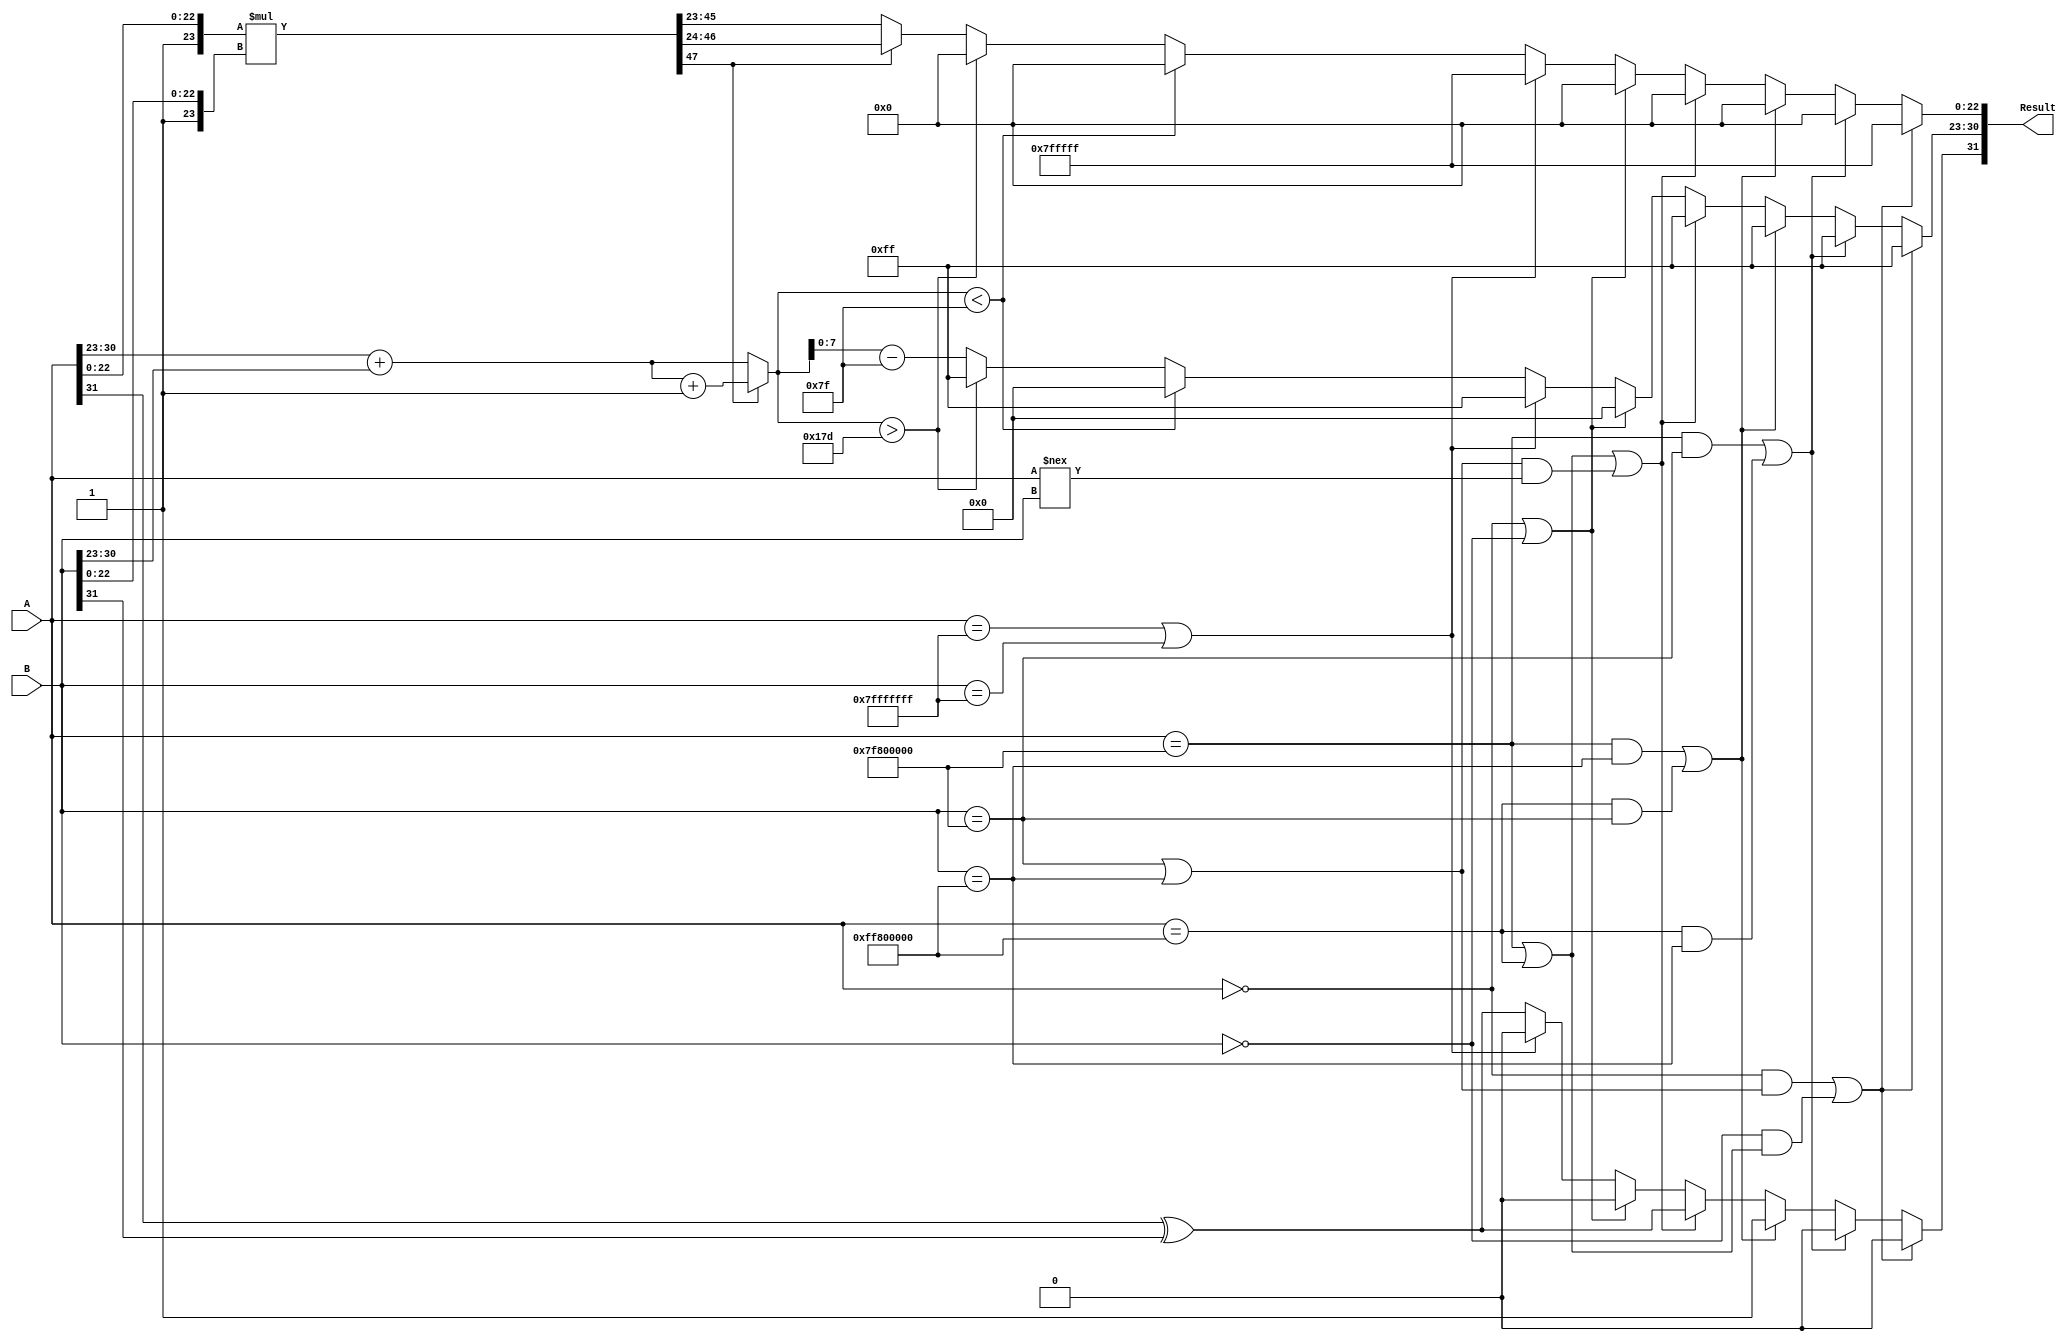
//shewyet notes mn el slides 
// fl 32 bit , 1 sign , 8 exp (30:23) , 23 mantissa (22:0)
// fl 64 bit , 1 sign , 11 exp ( 62:52) , 52 mantissa (51:0)
// expected size of non_normalized mantissa is 53*2 = 106 
// how to normalize the double precision !! 

module FP_Multiplier( 
Result, A, B); 
parameter N = 32; 
 input [N-1:0] A, B ; //the two floating inputs 
 output [N-1:0] Result ; // the floating product 
 
 wire [N-1:0] Result ;
 ////////////////////////////////////////////////////////////////////////////
 ////////////////////////////Parameters settings ////////////////////////////
localparam M = (N==32)?23:52;
localparam E = (N==32)?8:11;
localparam Bias = (N==32)?9'd127 : 12'd1023;
 
 ////////////////////////////////////////////////////////////////////////////
 //					assembly values for output Result                        //
 
 reg sign ; // the output sign 
 
 reg [M-1:0] norm_mul ; // the output mantissa 
 
 reg [E:0] exp_out ; // the output exponent extended to (e+1)-bits for overflow 
 
 /////////////////////////////////////////////////////////////////////////////
 //      					        Special Numbers                             //
 
 
 localparam zero ={1'b0,{E{1'b0}},{M{1'b0}}};

 localparam NaN = {1'b0,{E{1'b1}},{M{1'b1}}};

 localparam p_inf = {1'b0,{E{1'b1}},{M{1'b0}}};

 localparam n_inf = {1'b1,{E{1'b1}},{M{1'b0}}};
 
 /////////////////////////////////////////////////////////////////////////////
 //										Divding Operands									//
 
 wire s1, s2; // the two input signs 
 
 wire [(M-1):0] m1, m2 ; // the two input mantissas 
 
 wire [E:0] e1, e2, sum_e1_e2 ; // extend exp to track overflow 
 
 wire [(2*M+1):0] non_norm_mul ; // raw multiplier output 47 = 2(M+1)-1 , 105 = 2(M+1)-1 , 2M+1
 ////////////////////////////////////////////////////////////////////////////////
 //										Assignmenet Stage										//
 
 assign s1 = A[N-1]; // sign 
 assign e1 = {1'b0, A[N-2:M]}; // exponent extended one bit 30:23 N-E-1 = M
 assign m1 = A[M-1:0] ; // mantissa // parse A N-E-2 = M-1
 
 assign s2 = B[N-1]; 
 assign e2 = {1'b0, B[N-2:M]}; //extended exponent to track overflow
 assign m2 = B[M-1:0] ; 
 
 

// extend mantissa by 1 for each and multiply

assign non_norm_mul={1'b1,m1}*{1'b1,m2}; 

assign sum_e1_e2 = (non_norm_mul[(2*M)+1] == 1'b1)? e1 + e2 + 1: e1 + e2; // first step in mult is to add extended exponents 
 // assemble output bits 
 
assign Result = {sign, exp_out[E-1:0], norm_mul} ; 
 
 always @(*)
 begin
 if (((A==zero)&&((B==p_inf)||(B==n_inf)))||((B==zero)&&((A==p_inf)||(A==n_inf))))
 begin
  sign = NaN[N-1];
 exp_out[E-1:0] = NaN[N-2:M];
 norm_mul[M-1:0] = NaN[M-1:0];
 end
 else if ((A==p_inf && B==p_inf) || (A==n_inf && B==n_inf))
 begin
 sign = 1'b0;
 exp_out[E-1:0] = {E{1'b1}};
 norm_mul[M-1:0] = {M{1'b0}};
 end
 else if (((A==p_inf) && (B==n_inf)) || ((A==n_inf) && (B==p_inf)))
 begin
 sign = 1'b1;
 exp_out[E-1:0] = {E{1'b1}};
 norm_mul[M-1:0] = {M{1'b0}};
 end
 else if (((A==p_inf) || (A==n_inf)) || ((B == p_inf) || (B==n_inf)) && (A!==B))
 begin
 sign = s1 ^ s2;
 exp_out[E-1:0] = {E{1'b1}};
 norm_mul[M-1:0] = {M{1'b0}};
 end
 else if((A==zero) || (B==zero))
 begin
 sign = 1'b0;
 exp_out[E-1:0] = {E{1'b0}};
 norm_mul[M-1:0] = {M{1'b0}};
 end
 else if((A==NaN) || (B==NaN))
 begin 
 sign = NaN[N-1];
 exp_out[E-1:0] = NaN[N-2:M];
 norm_mul[M-1:0] = NaN[M-1:0];
 end
 //else if (sum_e1_e2[E]==1'b1)
 //begin
 //sign = s1 ^ s2;
 //exp_out[E-1:0] = p_inf[N-2:M];
 //norm_mul[M-1:0] = p_inf[M-1:0];
 //end
 else
 //None of the special cases above ? then work normally 
 begin
 sign = s1 ^ s2 ; // output sign 
 if (non_norm_mul[(2*M)+1]==1) //Normalizaion with rounding \
 begin 
 exp_out = (N==32)?sum_e1_e2 - 9'd127:sum_e1_e2 - 11'd1023; 
 norm_mul = non_norm_mul[2*M:M+1];
//  sum_e1_e2 = sum_e1_e2 + 1'b1; 
 end 
else 
 begin 
 exp_out = (N==32)?sum_e1_e2 - 9'd127:sum_e1_e2 - 11'd1023; 
 norm_mul = non_norm_mul[(2*M)-1:M]; 
 end
 if(sum_e1_e2 > 3*Bias)
 begin
    //overflow
 exp_out[E-1:0] = p_inf[N-2:M];
 norm_mul[M-1:0] = p_inf[M-1:0];
 end
 if(sum_e1_e2 < Bias)
 begin
    //underflow
 exp_out[E-1:0] = zero[N-2:M];
 norm_mul[M-1:0] = zero[M-1:0];
 end
 end 
 end
endmodule